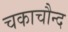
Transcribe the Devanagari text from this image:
चकाचौन्द